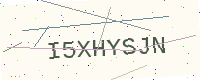
Text: I5XHYSJN